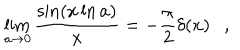
\lim _ { a \rightarrow 0 } { \frac { \sin ( x \ln a ) } { x } } = - { \frac { \pi } { 2 } } \delta ( x ) ,